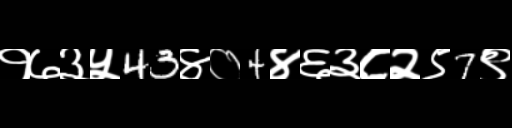
Text: १७३५43४०4४६३८२९7९